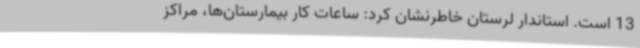
13 است. استاندار لرستان خاطرنشان کرد: ساعات کار بیمارستان‌ها، مراکز